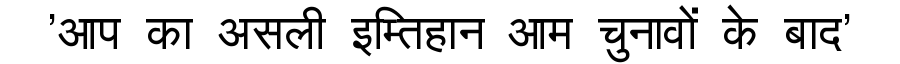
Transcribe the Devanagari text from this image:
'आप का असली इम्तिहान आम चुनावों के बाद'